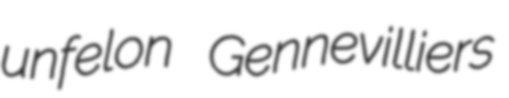
unfelon Gennevilliers